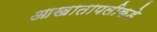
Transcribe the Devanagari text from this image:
आखातापलीकडे